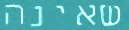
שאינה